画像に写った文字を読んでください
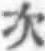
「次」と書いてあります